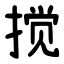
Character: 搅